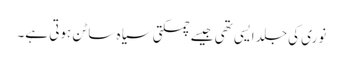
نوری کی جلد ایسی تھی جیسے چمکتی سیاہ ساٹن ہوتی ہے۔